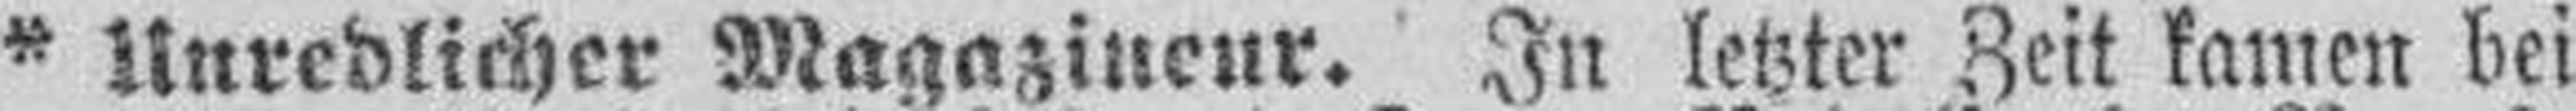
* Unredlicher Magazineur. In letzter Zeit kamen bei